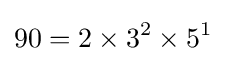
90=2\times 3^{2}\times 5^{1}